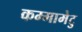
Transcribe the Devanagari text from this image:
कम्‍मामेटु